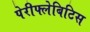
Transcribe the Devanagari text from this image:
पेरीफ्लेबिटिस